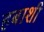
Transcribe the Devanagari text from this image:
हबाशी